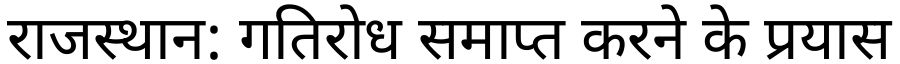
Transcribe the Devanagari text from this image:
राजस्थान: गतिरोध समाप्त करने के प्रयास